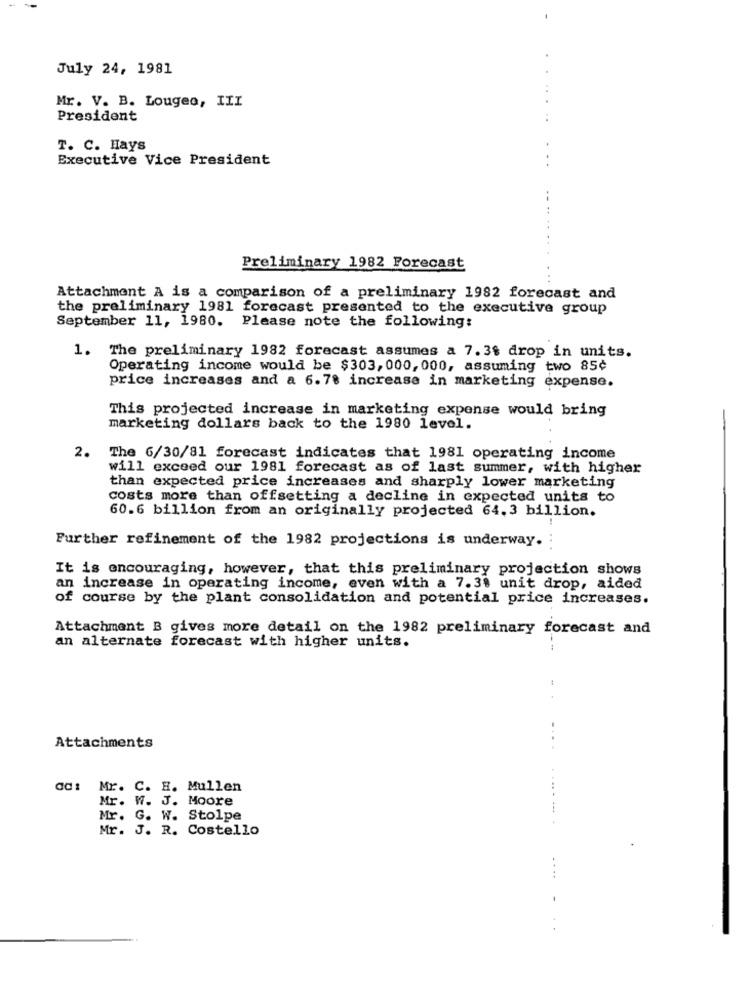
July 24, 1981
Mr. V. B. Lougeo, III
President
T. C. Hays
Executive Vice President
Preliminary 1982 Forecast
Attachment A is a comparison of a preliminary 1982 forecast and
the preliminary 1981 forecast presented to the executive group
September 11, 1980. Please note the following:
1. The preliminary 1982 forecast assumes a 7.3$ drop in units.
Operating income would be $303, 000, 000, assuming two 85¢
price increases and a 6.78 increase in marketing expense.
This projected increase in marketing expense would bring
marketing dollars back to the 1980 level.
2. The 6/30/81 forecast indicates that 1981 operating income
will exceed our 1981 forecast as of last summer, with higher
than expected price increases and sharply lower marketing
costs more than offsetting a decline in expected units to
60.6 billion from an originally projected 64.3 billion.
Further refinement of the 1982 projections is underway.
It is encouraging, however, that this preliminary projection shows
an increase in operating income, even with a 7.31 unit drop, aided
of course by the plant consolidation and potential price increases.
Attachment B gives more detail on the 1982 preliminary forecast and
an alternate forecast with higher units.
....
Attachments
ad: Mr. C. H. Mullen
Mr. W. J. Moore
Mr. G. W. Stolpe
Mr. J. R. Costello